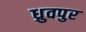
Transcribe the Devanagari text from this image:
ध्रुवपुर